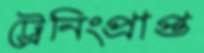
ট্রেনিংপ্রাপ্ত